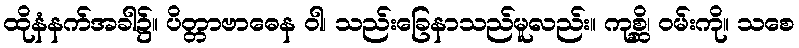
ထိုနံနက်အခါ၌။ ပိတ္တာဗာဓေန ဝါ၊ သည်းခြေနာသည်မူလည်း။ ကုစ္ဆိ၊ ဝမ်းကို။ သစေ